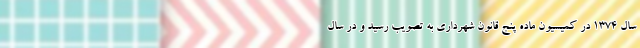
سال ۱۳۷۴ در کمیسیون ماده پنج قانون شهرداری به تصویب رسید و در سال